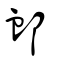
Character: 䘏